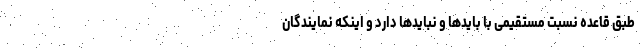
طبق قاعده نسبت مستقیمی با باید‌ها و نباید‌ها دارد و اینکه نمایندگان